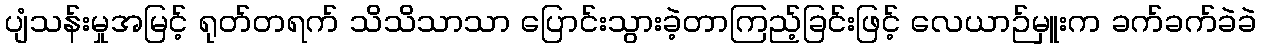
ပျံသန်းမှုအမြင့် ရုတ်တရက် သိသိသာသာ ပြောင်းသွားခဲ့တာကြည့်ခြင်းဖြင့် လေယာဉ်မှူးက ခက်ခက်ခဲခဲ